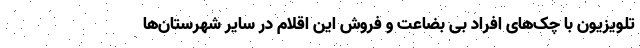
تلویزیون با چک‌های افراد بی بضاعت و فروش این اقلام در سایر شهرستان‌ها